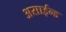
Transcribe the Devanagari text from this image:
असाईन्ड